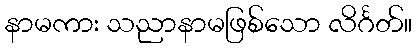
နာမကား သညာနာမဖြစ်သော လိင်္ဂတ်။